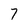
Character: 7